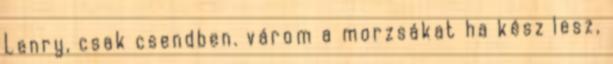
Lenry, csak csendben. várom a morzsákat ha kész lesz,